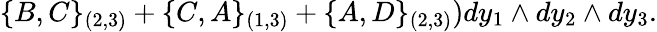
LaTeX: \{ B,C\} _{(2,3)}+\{ C,A\} _{(1,3)}+\{ A,D\} _{(2,3)})dy_{1}\wedge dy_{2}\wedge dy_{3}.